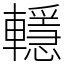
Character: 𨏈